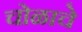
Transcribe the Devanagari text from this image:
चोळाचे